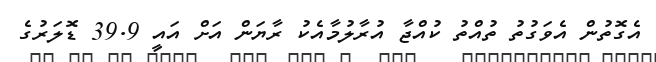
އެގޮތުން އެވަގުތު ތުއްތު ކުއްޖާ އުރާލުމާއެކު ރާޔަން އަށް އައީ 39.9 ޑޮލަރުގެ